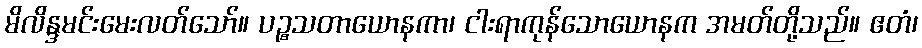
မိလိန္ဒမင်းမေးလတ်သော်။ ပဉ္စသတာယောနကာ၊ ငါးရာကုန်သောယောနက အမတ်တို့သည်။ ဧတံ၊